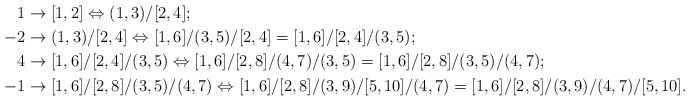
\begin{align*}1&\rightarrow [1,2]\Leftrightarrow (1,3)/[2,4];\\-2&\rightarrow (1,3)/[2,4]\Leftrightarrow [1,6]/(3,5)/[2,4]=[1,6]/[2,4]/(3,5);\\4&\rightarrow [1,6]/[2,4]/(3,5)\Leftrightarrow [1,6]/[2,8]/(4,7)/(3,5)=[1,6]/[2,8]/(3,5)/(4,7);\\-1&\rightarrow [1,6]/[2,8]/(3,5)/(4,7)\Leftrightarrow [1,6]/[2,8]/(3,9)/[5,10]/(4,7)=[1,6]/[2,8]/(3,9)/(4,7)/[5,10].\\\end{align*}